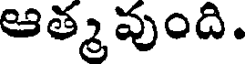
ఆత్మవుంది.